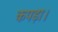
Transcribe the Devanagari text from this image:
कपड़ा।